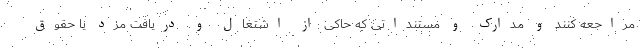
مراجعه کنند و مدارک و مستنداتی که حاکی از اشتغال و دریافت مزد یا حقوق